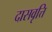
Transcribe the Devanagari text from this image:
दासवृत्ति